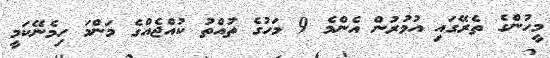
މީހުންގެ ތެރޭގައި އުމުރުން އެންމެ 9 މަހުގެ ތުއްތު ކުއްޖެއްގެ މަންމަ ހިމެނޭކަމީ